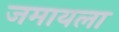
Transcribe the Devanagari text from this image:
जमायला